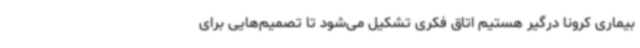
بیماری کرونا درگیر هستیم اتاق فکری تشکیل می‌شود تا تصمیم‌هایی برای